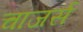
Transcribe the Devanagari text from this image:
चाजर्स